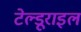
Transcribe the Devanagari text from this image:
टेल्डूराइल